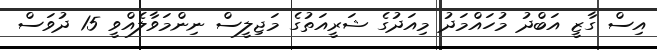
އިސް ގާޒީ އަބްދު މުހައްމަދު މިއަދުގެ ޝަރީއަތުގެ މަޖިލީސް ނިންމަވާލެއްވީ 15 ދުވަސް